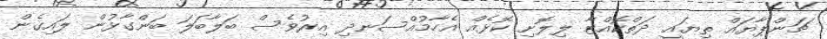
ޗަންޕާޔައް ތިޔައީ ދަތްކޮއްޓާ ލިލޮށި ކޮޅެއް އެހާމުއްސަނދި އިރުވެސް ބަލާބަލަ ބަންގާޅުން ލައިގެން